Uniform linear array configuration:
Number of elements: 4
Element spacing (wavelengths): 0.5
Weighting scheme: uniform
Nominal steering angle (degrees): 0
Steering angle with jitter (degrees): -1.678
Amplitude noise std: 0.05
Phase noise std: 0.05

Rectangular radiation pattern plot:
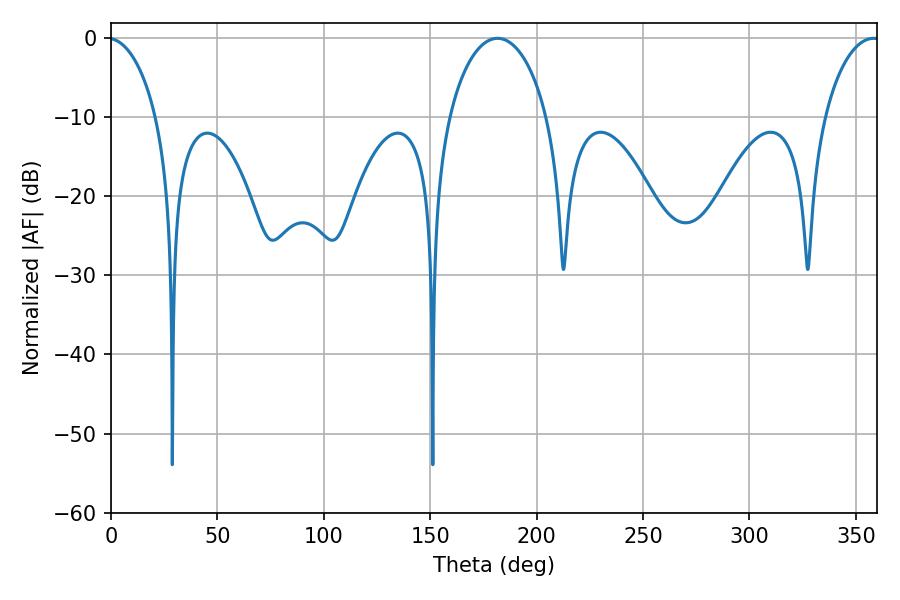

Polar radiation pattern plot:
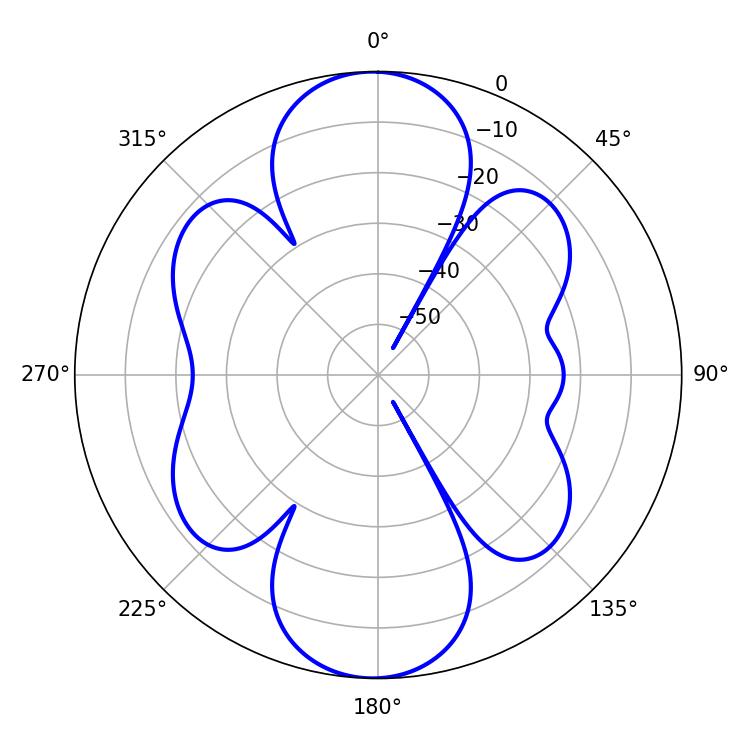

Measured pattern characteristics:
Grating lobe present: FALSE
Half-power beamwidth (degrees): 26.46
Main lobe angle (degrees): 181.62